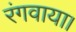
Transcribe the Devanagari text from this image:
रंगवाया।